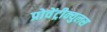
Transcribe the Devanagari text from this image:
प्रोवेंट्रीक्युलस